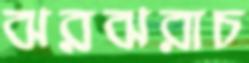
ঝরঝরাচ